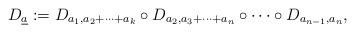
LaTeX: \begin{align*}D_{\underline{a}}:=D_{a_1,a_2+\dots+a_k}\circ D_{a_2,a_3+\dots+a_n}\circ\cdots\circ D_{a_{n-1},a_n},\end{align*}